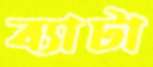
ব্যাটা